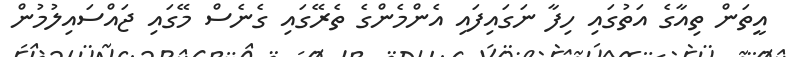
އީތަން ތިއާގެ އަތުގައި ހިފާ ނަގައިފައި އެންމެންގެ ތެރޭގައި ގެނެސް މޭގައި ޖައްސައިލުމުން